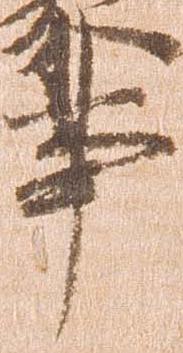
事